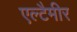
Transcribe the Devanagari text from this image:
एल्टैमीर